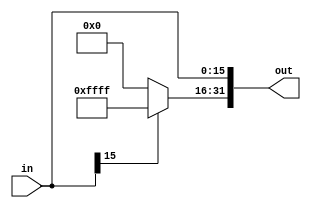
module sign_extend(in,out);
	input [15:0] in;
	output reg [31:0] out;
	always@(in)
	begin
		if(in[15] == 1)begin
			out[31:16]= 16'b1111111111111111;
		end
		else begin
			out[31:16] = 16'b0000000000000000;
		end
		out[15:0] = in[15:0];
	end
endmodule